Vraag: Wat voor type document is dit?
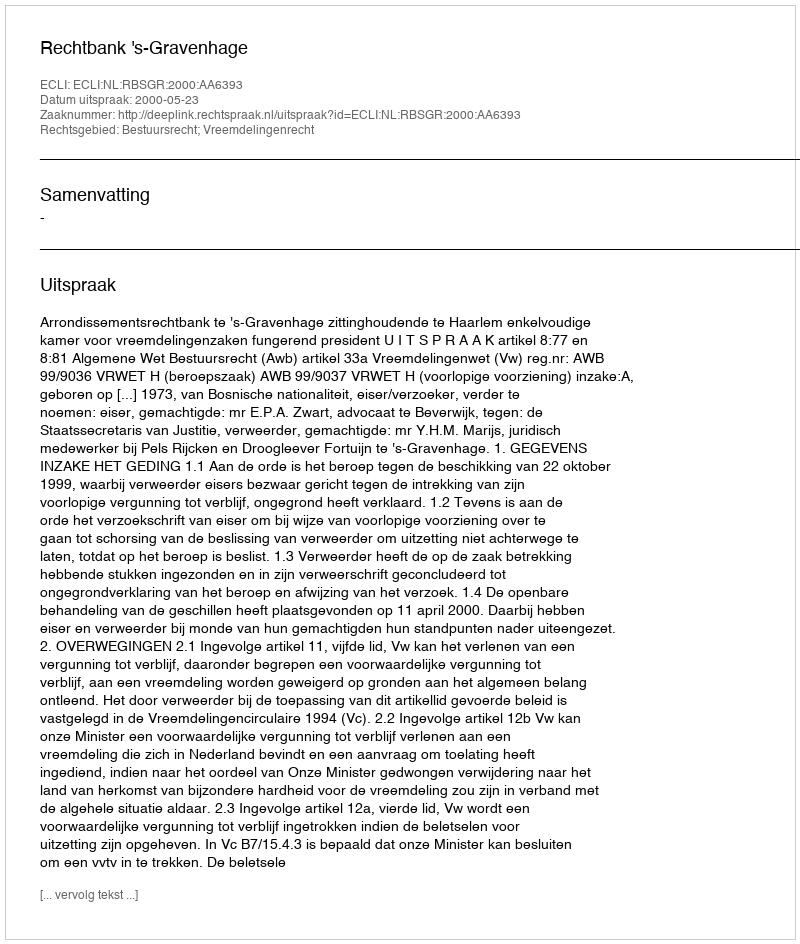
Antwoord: Uitspraak